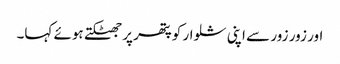
اور زور زور سے اپنی شلوار کو پتھر پر جھٹکتے ہوئے کہا۔